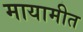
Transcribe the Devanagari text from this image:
मायामीत